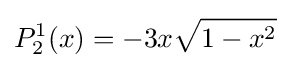
P_{2}^{1}(x)=-3x{\sqrt {1-x^{2}}}